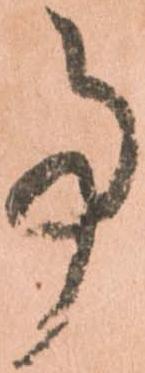
事